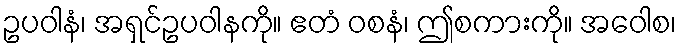
ဥပဝါနံ၊ အရှင်ဥပဝါနကို။ ဧတံ ဝစနံ၊ ဤစကားကို။ အဝေါစ၊